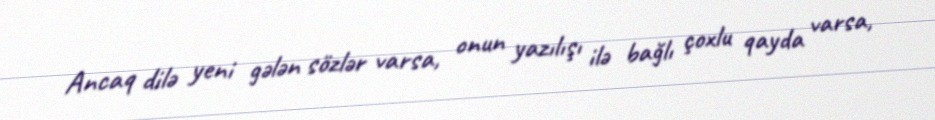
Ancaq dilə yeni gələn sözlər varsa, onun yazılışı ilə bağlı çoxlu qayda varsa,